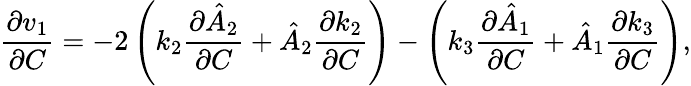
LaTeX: \frac{\partial v_{1}}{\partial C}=-2\left(k_{2}\frac{\partial\hat{A}_{2}}{\partial C}+\hat{A}_{2}\frac{\partial k_{2}}{\partial C}\right)-\left(k_{3}\frac{\partial\hat{A}_{1}}{\partial C}+\hat{A}_{1}\frac{\partial k_{3}}{\partial C}\right),